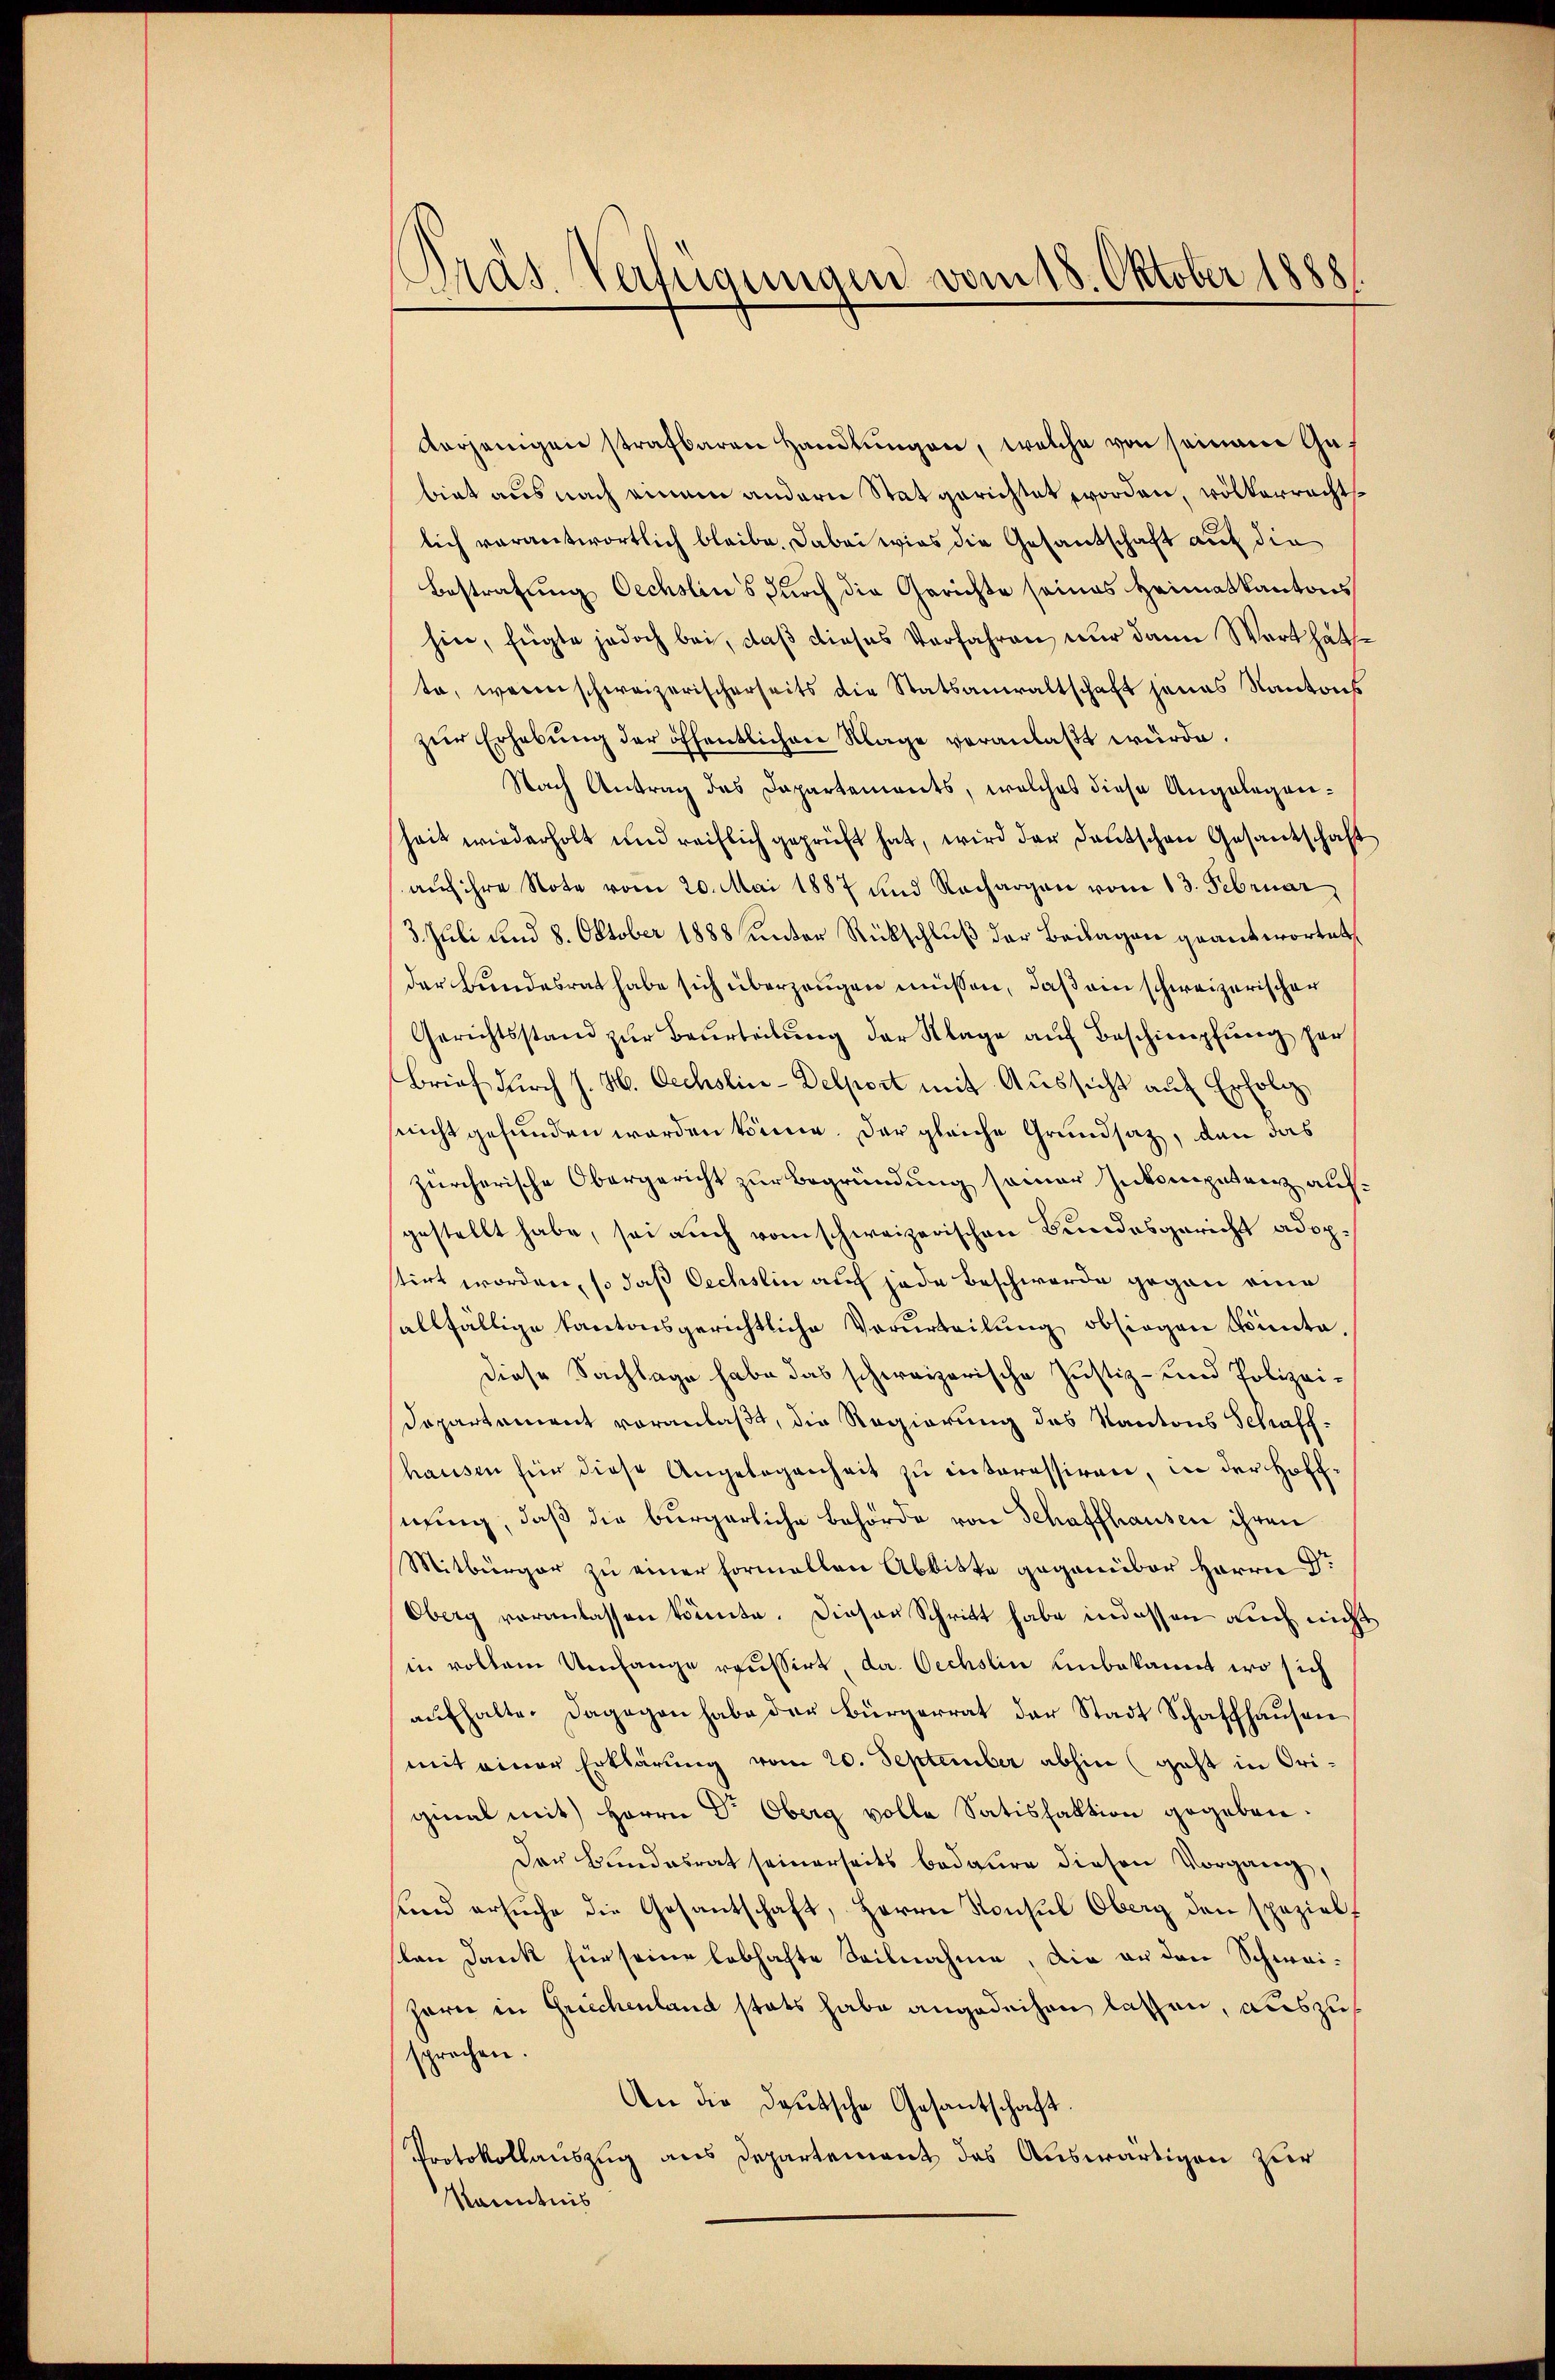
Präs. Verfügungen vom 18. Oktober 1888

verjenigen strafbaren Handlungen, welche von seinem Gubiet aus nach einem andern Stat gerichtet worden, völkerrechtslich verantwortlich bleibe. Dabei wies die Gesantschaft auf die
Bestrafung Oechslin's durch die Gerichte seines Heimatkantons
hin, fügte jedoch bei, daβ dieses Verfahren nur dann Wart hatte
te, wenn schweizerischerseits die Statsanwaltschaft jenes Kantons
zŭr Erhebŭng der öffentlichen Klage veranlaßt würde.
Nach Antrag des Dapartements, welches diese Angeleganheit wiederholt und reiflich geprüft hat, wird der Deutschen Gesantschaft
aŭf ihre Note vom 20. Mai 1887 und Rechargau vom 13. Februar,
3. Juli und 8. Oktober 1888 unter Rückschluß der Beilagen geantwortet,
der Bundesrat habe sich überzeugen müssen, daß ein schweizerischer
Gerichtsstand zŭr Beurteilung der Klage auf Beschimpfung her
Brief durch J. H. Oechslin-Delport mit Aussicht auf Erfolg,
snicht gefunden worden könne. Der gleiche Grundsatz, den das
zürcherische Obergericht zur Begründung seiner Inkompetenz aufgestellt habe, sei auch vom schweizerischen Bundesgericht adoptirt worden, so daß Oechslin auf jede Beschwerde gegen eine
allfällige kantonsgerichtliche Verurteilung obsiegen Vita.
diese Sachlage habe das schweizerische Justiz- und Polizei¬
Departement voranlaßt, die Regierung des Kantons Schaff-
hausen für diese Angelegenheit zu interessiren, in der Hoff
nung, daß die bürgerliche Behörde von Schaffhausen ihren
Mitbürger zu einer Formellen Abbitte gegenüber Herrn Dr
Oberg veranlassen könnte. Dieser Schritt habe indessen auch nicht
in vollem Umfange raussirt, da Oechslin unbekannt wo sich
aŭfhalte. Dagegen habe der Bürgerrat der Stadt Schaffhausen
mit einer Erklärung vom 20. September abhin (geht in Original mit Herrn Dr Oberg volle Satisfaktion gegeben.
Der Bundesrat seinerseits bedaure diesen Vorgang,
und ersuche die Gesantschaft, Herrn Konsul Oberg den spezielsten Dank für seine lebhafte Seilnahme, die an den Schwai¬
Zarn in Griechenland statt habe angedeihen lassen, auszusprochen
An die Deutsche Gesantschaft
Protokollauszug aus Departement des Auswärtigen zur
Kanntnis